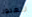
للعبور